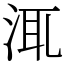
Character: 㳧